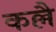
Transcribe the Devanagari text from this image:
कल्लै